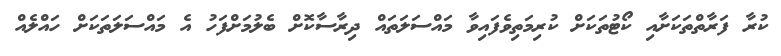
ކުރާ ފަރާތްތަކަށާއި ކޯޓުތަކަށް ކުރިމަތިވެފައިވާ މައްސަލަތައް ދިރާސާކޮށް ބެލުމަށްފަހު އެ މައްސަލަތަކަށް ހައްލެއް